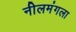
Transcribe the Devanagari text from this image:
नीलमंगला